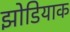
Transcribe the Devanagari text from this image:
झोडियाक